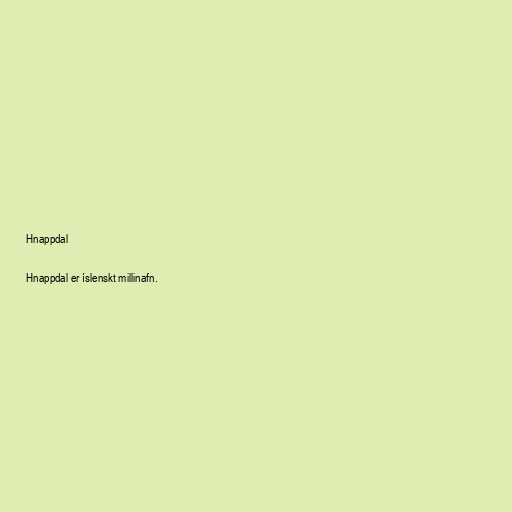
Hnappdal

Hnappdal er íslenskt millinafn.